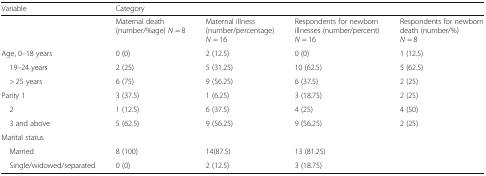
| Variable | Category |  |  |  |
 | --- | --- | --- | --- | --- |
 |  | Maternal death (number/%age) N = 8 | Maternal illness (number/percentage)N = 16 | Respondents for newborn illnesses (number/percent)N = 16 | Respondents for newborn death (number/%)N = 8 |
 | Age, 0–18 years | 0 (0) | 2 (12.5) | 0 (0) | 1 (12.5) |
 | 19–24 years | 2 (25) | 5 (31.25) | 10 (62.5) | 5 (62.5) |
 | > 25 years | 6 (75) | 9 (56.25) | 6 (37.5) | 2 (25) |
 | Parity 1 | 3 (37.5) | 1 (6.25) | 3 (18.75) | 2 (25) |
 | 2 | 1 (12.5) | 6 (37.5) | 4 (25) | 4 (50) |
 | 3 and above | 5 (62.5) | 9 (56.25) | 9 (56.25) | 2 (25) |
 | <COLSPAN=5> Marital status |
 | Married | 8 (100) | 14(87.5) | 13 (81.25) |  |
 | Single/widowed/separated | 0 (0) | 2 (12.5) | 3 (18.75) |  |